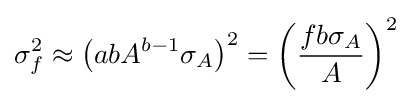
\sigma _{f}^{2}\approx \left({a}{b}{A}^{b-1}{\sigma _{A}}\right)^{2}=\left({\frac {{f}{b}{\sigma _{A}}}{A}}\right)^{2}